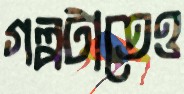
গল্পটাতেও